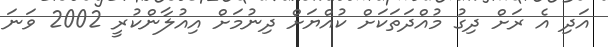
އަދި އެ ރަށް ދިގު މުއްދަތަކަށް ކުއްޔަށް ދިނުމަށް އިއުލާންކުރީ 2002 ވަނަ